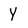
Character: Y